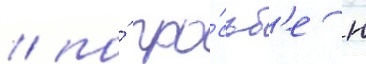
/ по́ про́сьб'е н